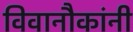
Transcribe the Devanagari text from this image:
विवानौकांनी